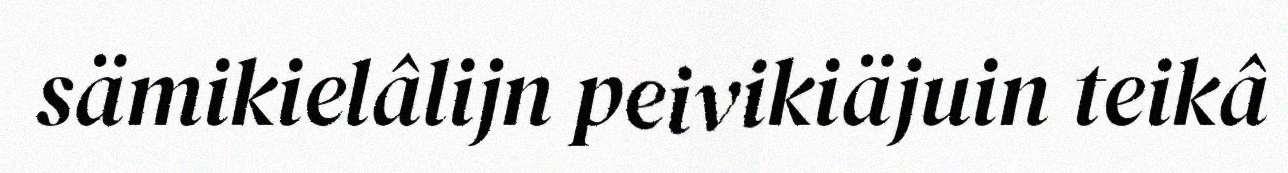
sämikielâlijn peivikiäjuin teikâ